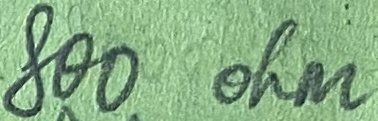
Text: 800 ohm